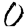
Digit: 0